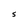
Character: 5